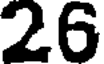
26